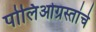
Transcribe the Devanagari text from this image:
पोलिओग्रस्तांचे